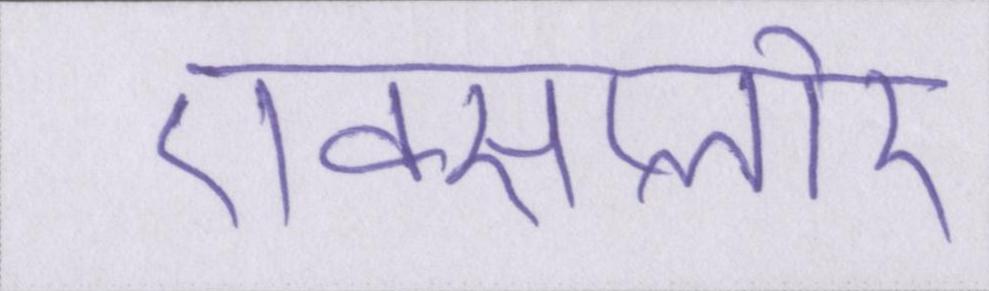
एक्सप्लोर